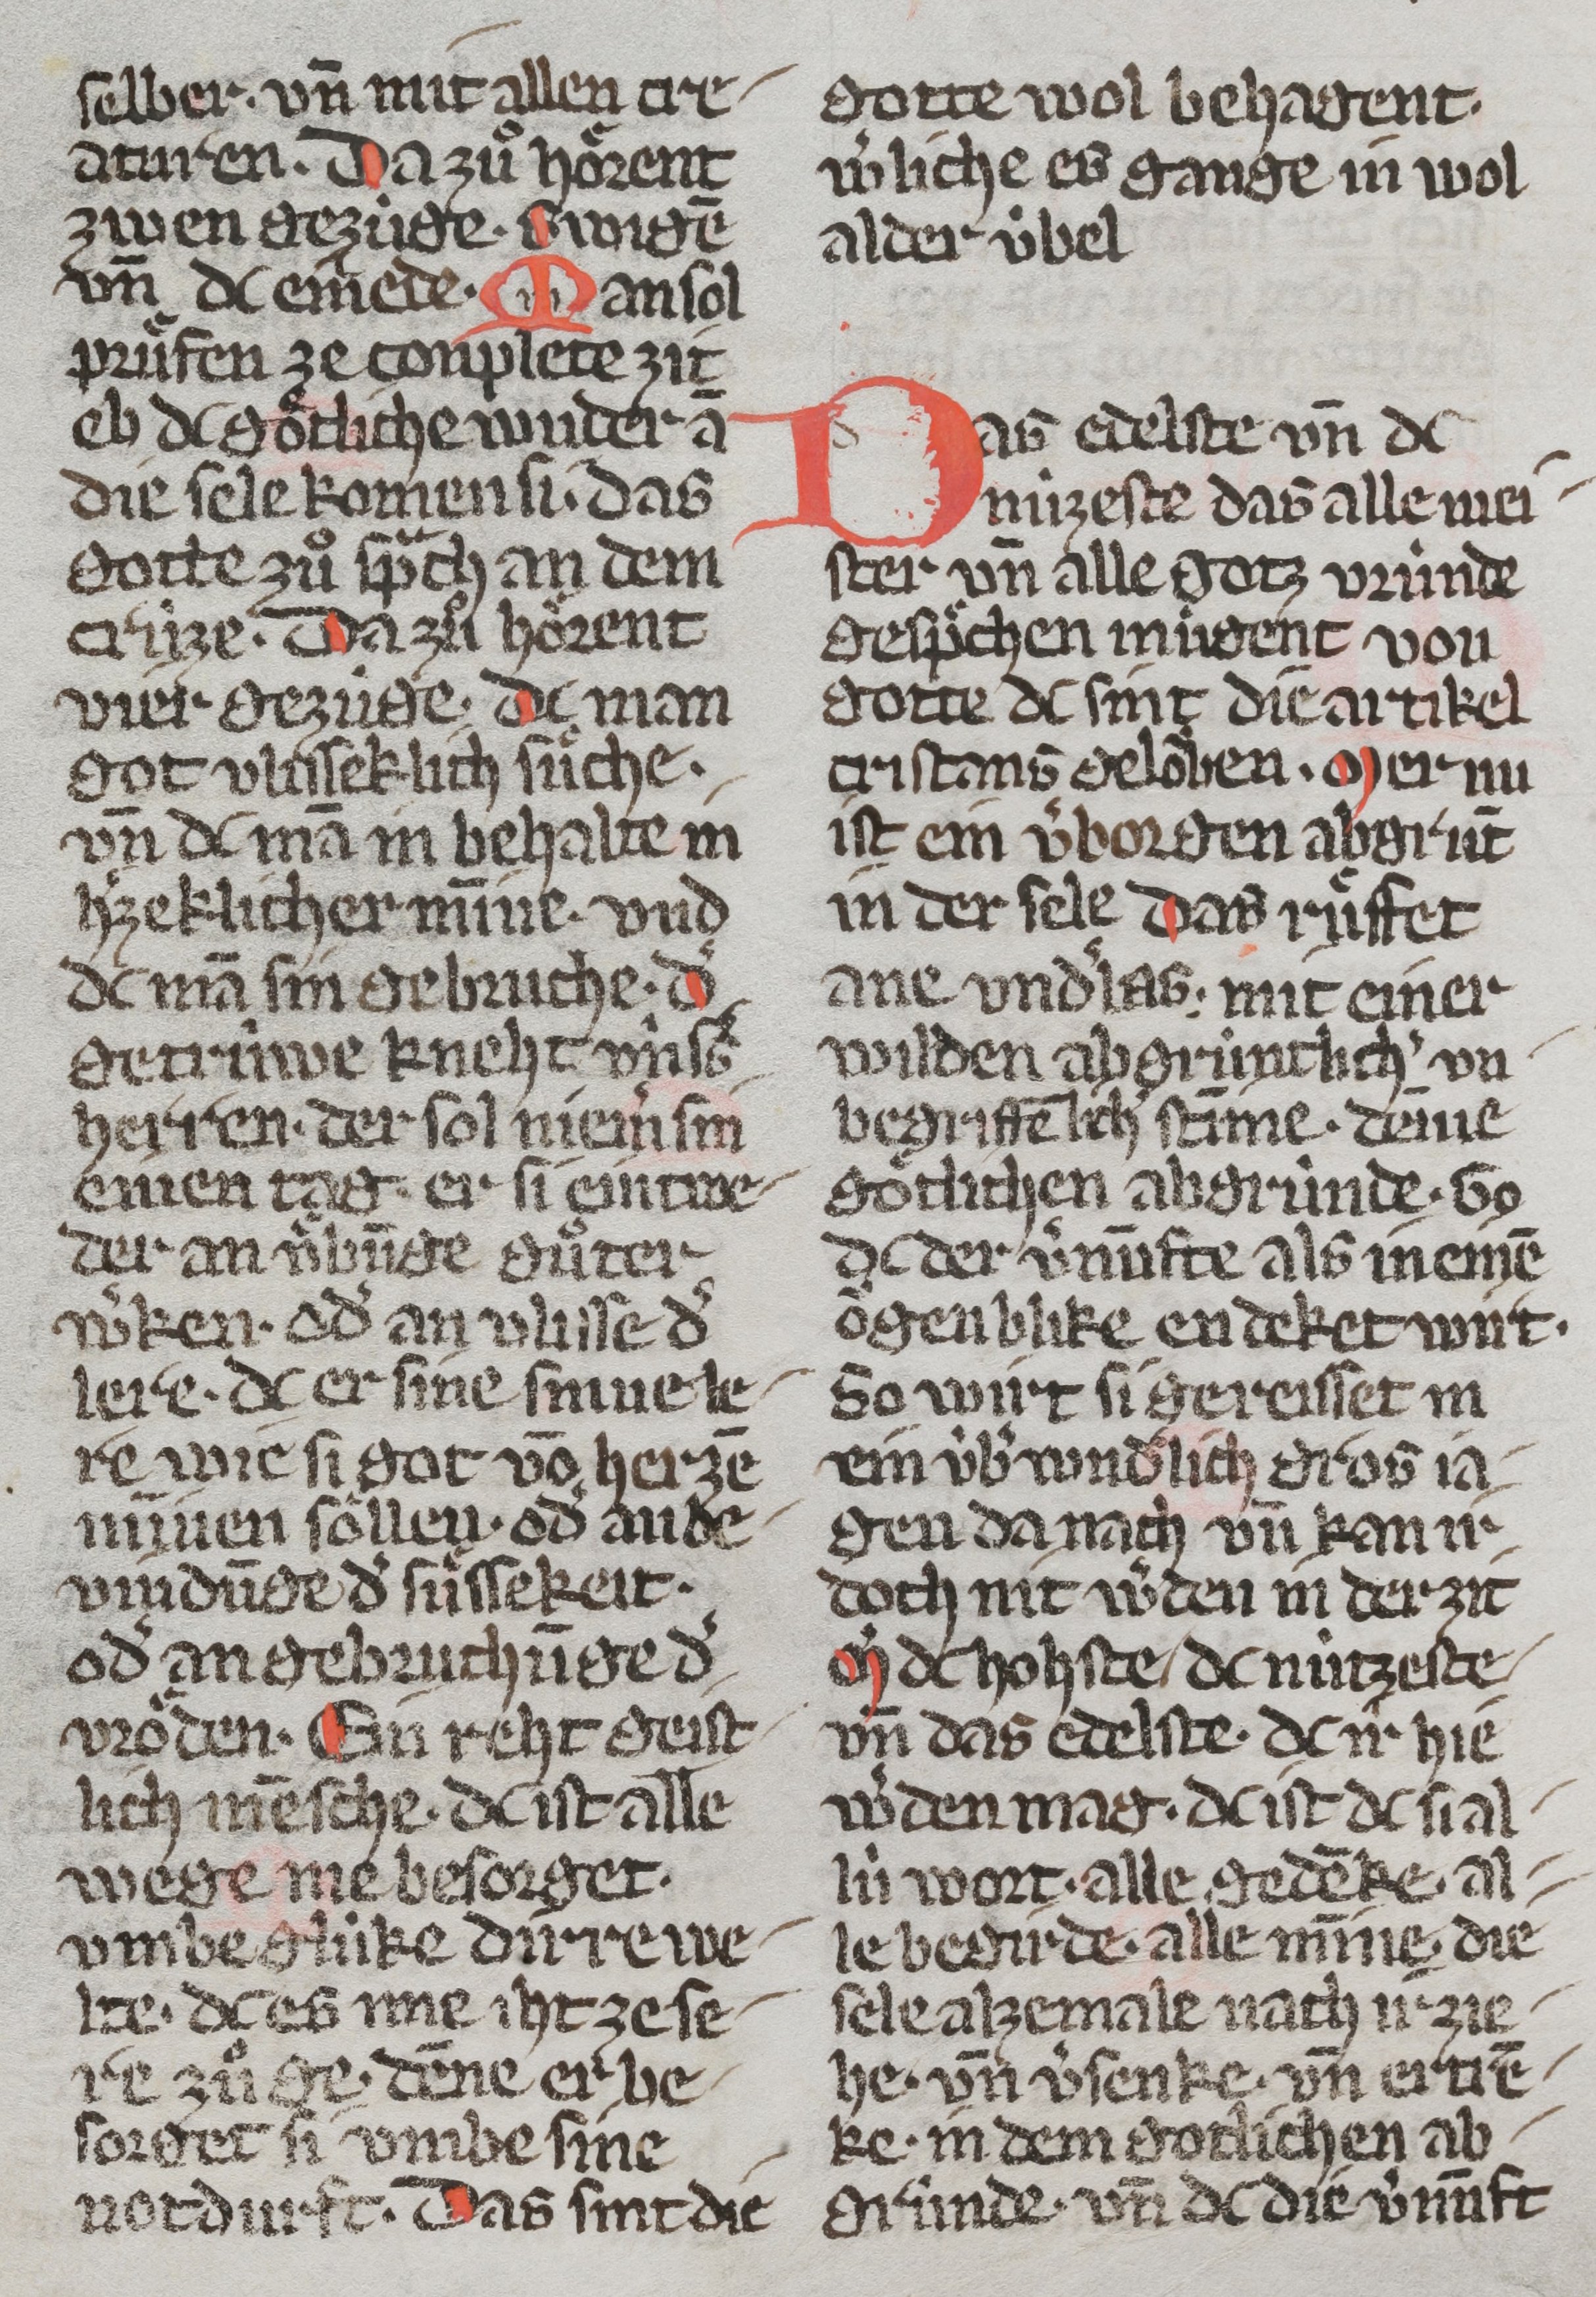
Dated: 1350–1374